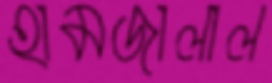
হামজালাল